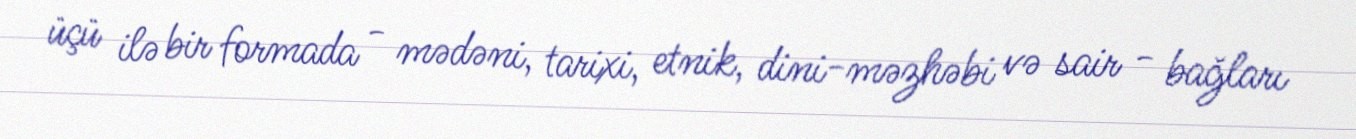
üçü ilə bir formada - mədəni, tarixi, etnik, dini-məzhəbi və sair - bağları